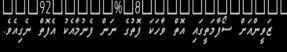
ޒަވީންއަށް ސޯފާމަތީގައި އޮތް ވާހަކަ ފޮތުގެ ނަން ފެނުމާއެކު އެފޮތް ނެގިއެވެ.